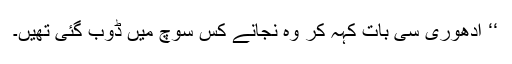
‘‘ ادھوری سی بات کہہ کر وہ نجانے کس سوچ میں ڈوب گئی تھیں۔